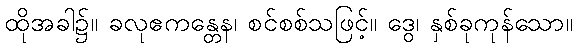
ထိုအခါ၌။ ခလုဧကန္တေန၊ စင်စစ်သဖြင့်။ ဒွေ၊ နှစ်ခုကုန်သော။